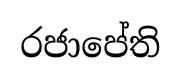
රජාපේති